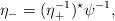
LaTeX: \begin{align*}\eta_- = (\eta_+^{-1})^\star \psi^{-1}, \end{align*}